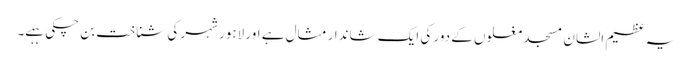
یہ عظیم الشان مسجد مغلوں کے دور کی ایک شاندار مثال ہے اور لاہور شہر کی شناخت بن چکی ہہے۔